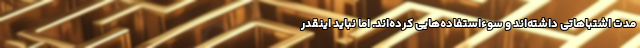
مدت اشتباهاتی داشته‌اند و سوءاستفاده‌هایی کرده‌اند. اما نباید اینقدر